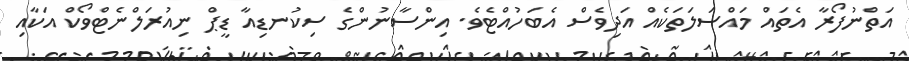
އަތްނުފޯރާ އެތައް މައްސަލަތަކެއް އަދިވެސް އެބަހުއްޓެވެ. އިންސާނުންގެ ސިކުނޑިއާ ޑީޕް ނިއުރަލްނެޓްވޯކް އަކާއި